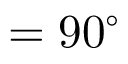
= 9 0 ^ { \circ }